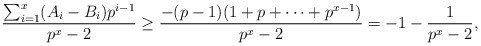
\begin{align*} \frac{\sum_{i=1}^x (A_i - B_i)p^{i-1}}{p^x-2} \ge \frac{-(p-1)(1+p+\cdots+p^{x-1}) }{p^x-2} = -1 - \frac{1}{p^x-2},\end{align*}